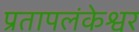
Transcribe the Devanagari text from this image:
प्रतापलंकेश्वर